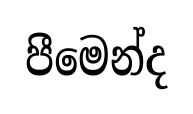
පීමෙන්ද